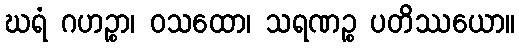
ဃရံ ဂဟဉ္စာ၊ ဝသထော၊ သရဏဉ္စ ပတိဿယော။